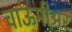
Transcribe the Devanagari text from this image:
चाऊमीअर